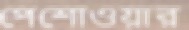
পেশোওয়ার